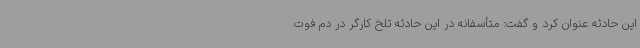
این حادثه عنوان کرد و گفت: متأسفانه در این حادثه تلخ کارگر در دم فوت